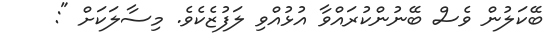
ބޭކަލުން ވެސް ބޭނުންކުރައްވާ އުޅުއްވި ލަފުޒެކެވެ. މިސާލަކަށް ":